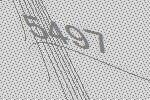
5497